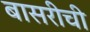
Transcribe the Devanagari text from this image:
बासरीची